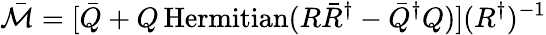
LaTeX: \bar{\mathcal{M}}=[\bar{Q}+Q\operatorname{Hermitian}(R\bar{R}^{\dagger}-\bar{Q}^{\dagger}Q)](R^{\dagger})^{-1}